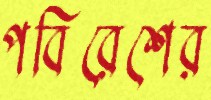
পবিরেশের